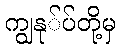
ကျွနု်ပ်တို့မှ